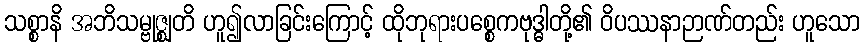
သစ္စာနိ အဘိသမ္ဗုဇ္ဈတိ ဟူ၍လာခြင်းကြောင့် ထိုဘုရားပစ္စေကဗုဒ္ဓါတို့၏ ဝိပဿနာဉာဏ်တည်း ဟူသော